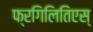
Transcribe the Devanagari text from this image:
फ्रगिलितिएस्